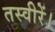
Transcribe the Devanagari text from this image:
तस्वीरें।